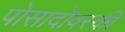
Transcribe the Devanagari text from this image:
पोसादोवस्की